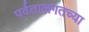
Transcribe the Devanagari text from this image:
पर्वतालगतच्या